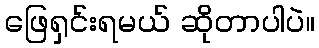
ဖြေရှင်းရမယ် ဆိုတာပါပဲ။